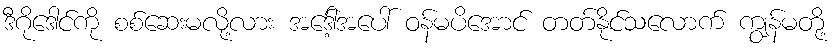
ဒီဂိုဒေါင်ကို စစ်ဆေးမလို့လား အဒေါ့်အပေါ် ဝန်မပိအောင် တတ်နိုင်သလောက် ကျွန်မတို့